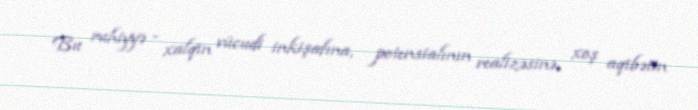
Bu ruhiyyə - xalqın vücudi inkişafına, potensialının realizəsinə, xoş aqibətin